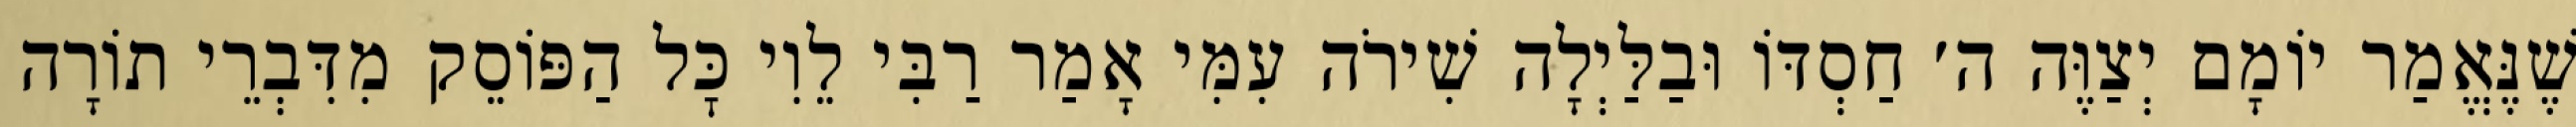
שֶׁנֶּאֱמַר יוֹמָם יְצַוֶּה ה׳ חַסְדּוֹ וּבַלַּיְלָה שִׁירֹה עִמִּי אָמַר רַבִּי לֵוִי כׇּל הַפּוֹסֵק מִדִּבְרֵי תוֹרָה